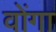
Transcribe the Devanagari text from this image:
वोंगा